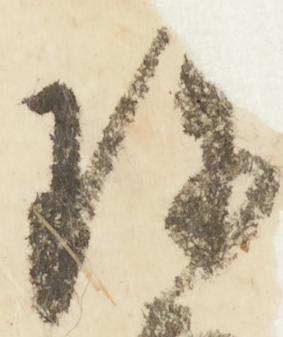
珍